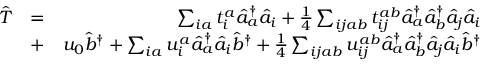
\begin{array} { r l r } { \hat { T } } & { = } & { \sum _ { i a } t _ { i } ^ { a } \hat { a } _ { a } ^ { \dagger } \hat { a } _ { i } + \frac { 1 } { 4 } \sum _ { i j a b } t _ { i j } ^ { a b } \hat { a } _ { a } ^ { \dagger } \hat { a } _ { b } ^ { \dagger } \hat { a } _ { j } \hat { a } _ { i } } \\ & { + } & { u _ { 0 } \hat { b } ^ { \dagger } + \sum _ { i a } u _ { i } ^ { a } \hat { a } _ { a } ^ { \dagger } \hat { a } _ { i } \hat { b } ^ { \dagger } + \frac { 1 } { 4 } \sum _ { i j a b } u _ { i j } ^ { a b } \hat { a } _ { a } ^ { \dagger } \hat { a } _ { b } ^ { \dagger } \hat { a } _ { j } \hat { a } _ { i } \hat { b } ^ { \dagger } } \end{array}